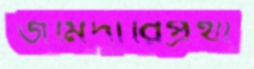
জমিদারিপ্রথা